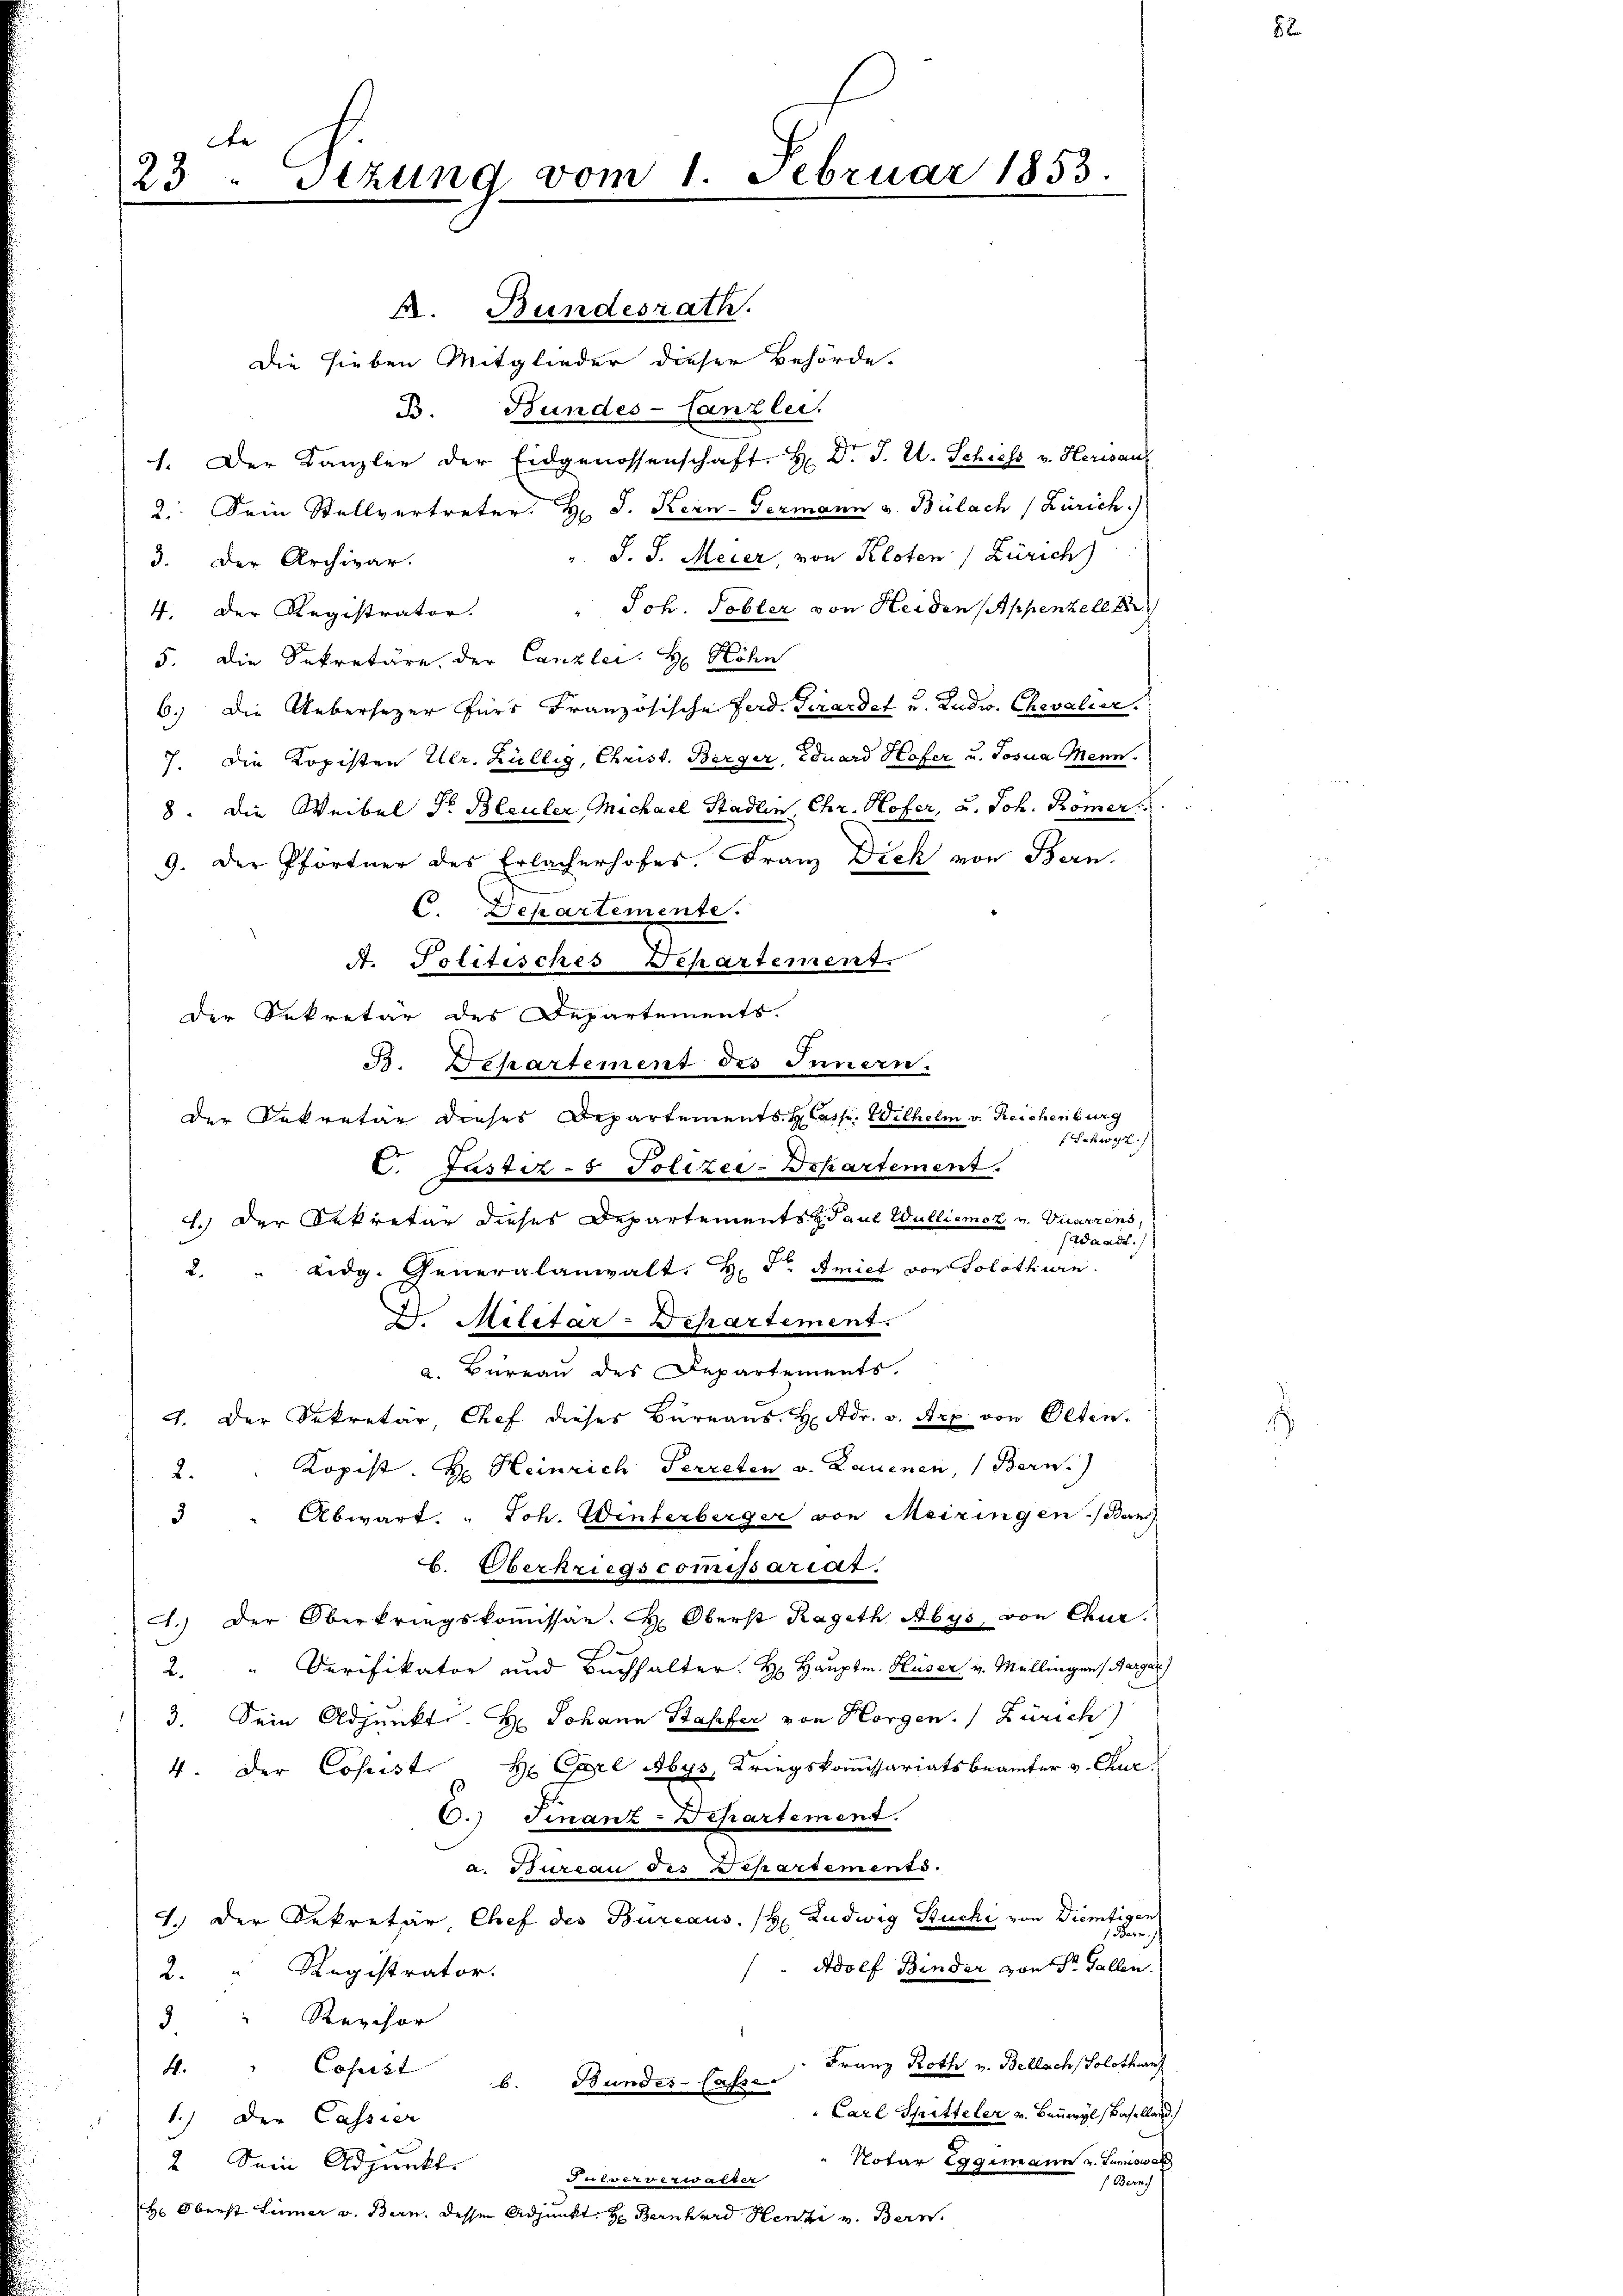
de
23. Sitzung vom 1. Februar 1853.

A. Bundesrath.
Die sieben Mitglieder dieser Behörde.
B. Bundes-Canzlei.
1. Der Kanzler der Eidgenossenschaft. H. Dr. J. U. Schiess v. Herisauf
2. Dein Stellvertreter. H. J. Kern-Germann v. Bülach (Zürich.)
S. J. Meier, von Kloten (Zürich)
3. Der Archivar.
4. Der Registrator. " Joh. Tobler von Heiden (Appenzell E
5. Die Sekretäre der Canzlei. H. Höhn
6.) Die Uebersezer für Französische Ferd. Girardet und Ludw. Chevalier.
7. Die Kopisten Ulr. Hüllig, Christ. Berger, Eduard Hofer u. Josia Menn.
8. Die Weibel Fr. Bleuler Michael Stadlin, Chr. Hofer, u. Joh. Römer
9. Der Pförtner des Erlacherhofes Franz Dich von Bern.
C. Departemente.
A. Politisches Departement.
die Sekretär des Departements.
B. Departement des Innern.
der Sekretär dieses Departements H Casse. Wilhelm v. Reichenburg
Sckwyz)
6. Justiz- & Polizei-Departement.
1.) Der Dekretär dieses Departements H. Paul Wulliemoz v. Vuarzens,
(Waadt.
2. " Eidg. Generalanwalt. H. Dr. Amiet vor Solothurn.
 Militar-Departement.
a. Bureau des Departements.
4. Der Sekretär, Chef dieses Büreaus. H. dr. v. Art. von Olten.
2. " Kopist. H. Heinrich Perreten v. Lauenen, (Bern.)
3 " Abwart. " Joh. Wenferberger von Meiringen Ban
b. Oberkriegscommissariat
1.) Der Oberkriegskoṁissar. L. Oberst Rageth Abys, von Chur-
2." Derifikator und Buchhalter. H. Hauptm. Huser v. Mellingen (Bergar
3. Sein Adjunkt. H. Johann Kapfer von Horgen. Zürich)
4. Der Copist. H. Carl Abys, Kriegskommissariatsbeamter v. Chur,
6.) Finanz-Departement.
a. Bureau des Departements.
1.) Der Sekretär Chef des Bureaus, (H. Ludwig Stucki von Dietigen
Adolf Binder von Sr. Gallen.
2. " Registrator.
3 " Revisor
Franz Roth v. Bellach Solothurn
4. " Cosest
Bundes- lasse
b.
Carl Spitteler v. Beiwyl, Baselland
1.) Der Cassier
Notar Eggimann v. Lumiswal
2. Sein Adjunkt.
Pulververwalter
Bern
H. Oberst Linner v. Bern, dessen Adjunkt Hr. Bernhard Henzi v. Bern